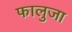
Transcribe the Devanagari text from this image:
फालुजा